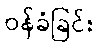
ဝန်ခံခြင်း